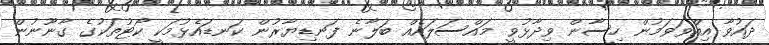
ދައުވާ އިއްވަވަމުން ހިސާން ވިދާޅުވީ މައްސަލައެއް ބަލާނެ ފަނޑިޔާރުން ކަނޑައެޅުމަކީ ކޯޓުތަކުގެ ގާނޫނުން